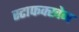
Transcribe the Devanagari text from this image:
स्टाफक्खेन